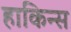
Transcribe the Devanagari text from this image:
हाकिन्स